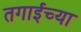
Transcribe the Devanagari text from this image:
तगाईच्या